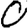
Digit: 0